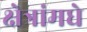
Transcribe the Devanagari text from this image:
क्षेत्रांमधे